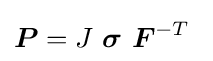
{\boldsymbol {P}}=J~{\boldsymbol {\sigma }}~{\boldsymbol {F}}^{-T}~